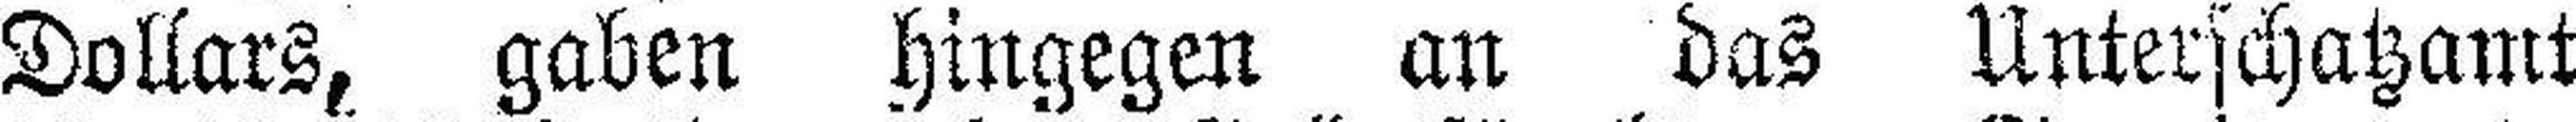
Dollars, gaben hingegen an das Unterschatzamt